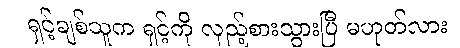
ရှင့်ချစ်သူက ရှင့်ကို လှည့်စားသွားပြီ မဟုတ်လား